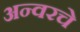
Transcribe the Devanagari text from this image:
अन्वरचे